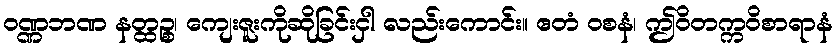
ဝဏ္ဏဘဏ နတ္ထဉ္စ၊ ကျေးဇူးကိုဆိုခြင်းငှါ လည်းကောင်း။ ဧတံ ဝစနံ၊ ဤဝိတက္ကဝိစာရာနံ